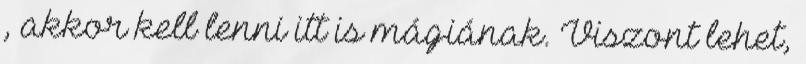
, akkor kell lenni itt is mágiának. Viszont lehet,